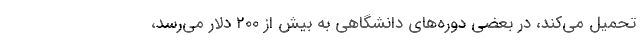
تحمیل می‌کند، در بعضی دوره‌های دانشگاهی به بیش از ۲۰۰ دلار می‌رسد،